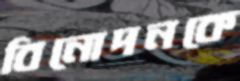
বিনোদনকে